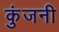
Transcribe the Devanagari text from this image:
कुंजनी